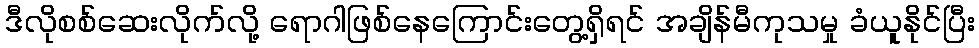
ဒီလိုစစ်ဆေးလိုက်လို့ ရောဂါဖြစ်နေကြောင်းတွေ့ရှိရင် အချိန်မီကုသမှု ခံယူနိုင်ပြီး